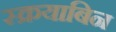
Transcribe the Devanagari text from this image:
स्क्रयाबिन